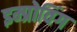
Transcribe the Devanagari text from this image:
इम्प्रोविंग